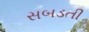
સબડતી